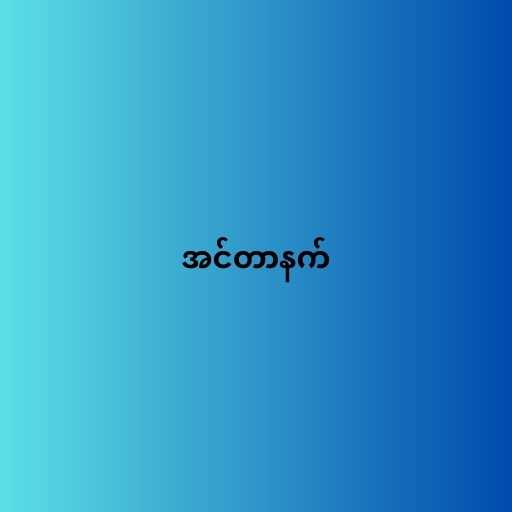
အင်တာနက်